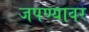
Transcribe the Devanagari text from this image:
जपण्यावर